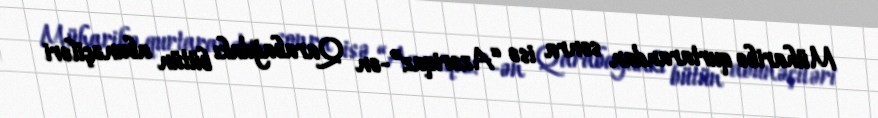
Müharibə qurtarandan sonra isə “Azəriqaz”-ən Qarabağdakı bütün abunəçiləri